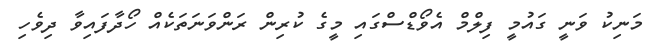
މަނިކު ވަނީ ގައުމީ ފިލްމް އެވޯޑްސްގައި މީގެ ކުރިން ރަންވަނަތަކެއް ހޯދާފައިވާ ދިވެހި